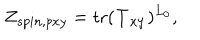
Z _ { s p i n , p x y } = \mathrm { t r } ( { \bf T _ { x y } } ) ^ { L _ { 0 } } ,